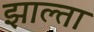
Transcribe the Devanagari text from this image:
झाल्ता